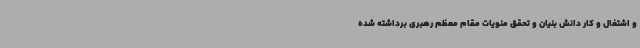
و اشتغال و کار دانش بنیان و تحقق منویات مقام معظم رهبری برداشته شده